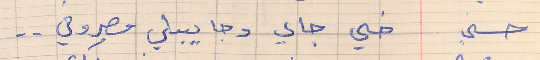
حسني    خي جاي وجايبلي مصروفي . .